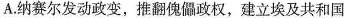
A.纳赛尔发动政变，推翻傀儡政权，建立埃及共和国